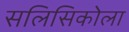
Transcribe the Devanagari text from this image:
सलिसिकोला